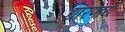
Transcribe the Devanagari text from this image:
धारणाये